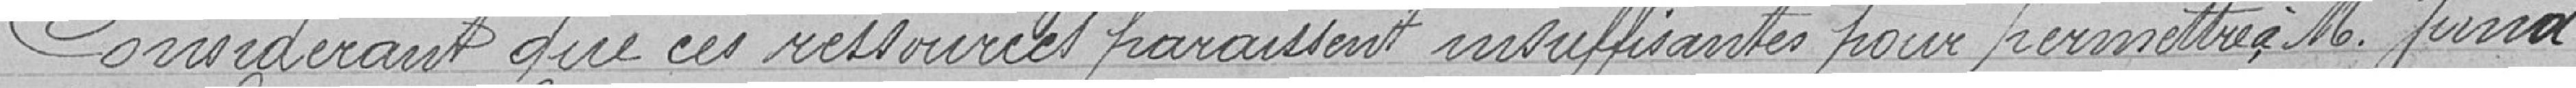
Considérant que ces ressources paraissent insuffisantes pour permettre à M. Jund